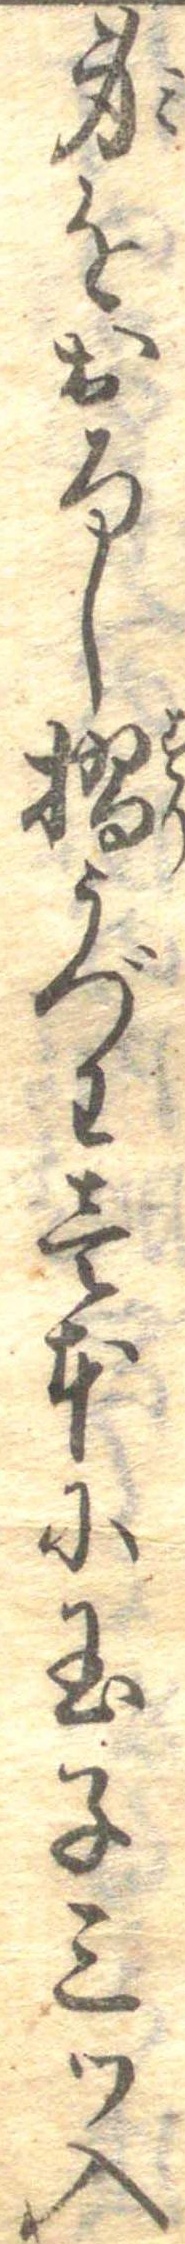
身をおろし摺うづわ壱本に玉子三つ入